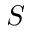
S